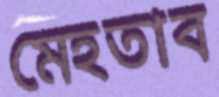
মেহতাব